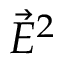
\vec { E } ^ { 2 }